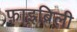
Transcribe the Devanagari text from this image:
फ़ाइब्रिली